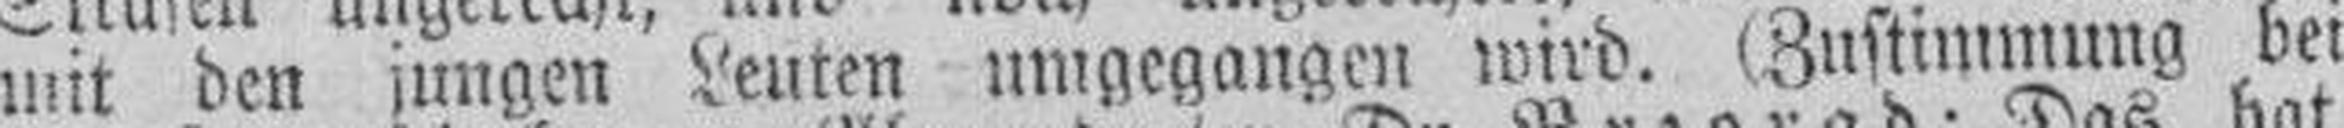
mit den jungen Leuten umgegangen wird. (Zustimmung bei